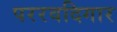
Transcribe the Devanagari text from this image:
पररवदिगार